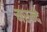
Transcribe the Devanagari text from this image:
मरुन्दे